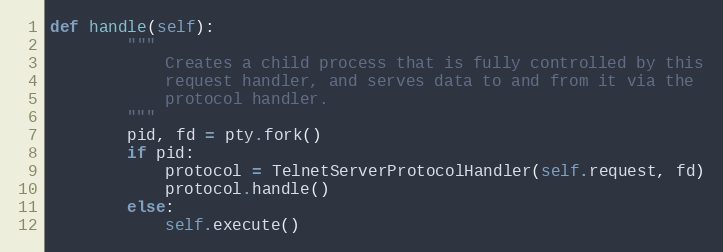
Language: Python
def handle(self):
        """
            Creates a child process that is fully controlled by this
            request handler, and serves data to and from it via the
            protocol handler.
        """
        pid, fd = pty.fork()
        if pid:
            protocol = TelnetServerProtocolHandler(self.request, fd)
            protocol.handle()
        else:
            self.execute()